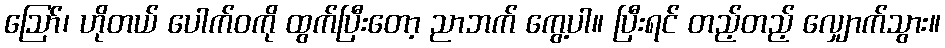
ဪ၊ ဟိုတယ် ပေါက်ဝကို ထွက်ပြီးတော့ ညာဘက် ကွေ့ပါ။ ပြီးရင် တည့်တည့် လျှောက်သွား။